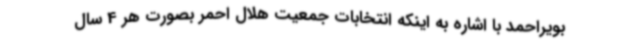
بویراحمد با اشاره به اینکه انتخابات جمعیت هلال احمر بصورت هر 4 سال